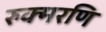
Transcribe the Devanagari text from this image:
रुक्मरणि